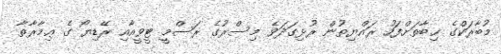
މުބާރަކްގެ ޚިބާތަށްފަހު ރައްޔިތުން ރުޅިގަދަވެ މިސްރުގެ ރަސްމީ ޓީވީއާއި ރޭޑިޔޯ ގެ ޢިމާރާތާ